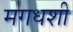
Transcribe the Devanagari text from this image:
मगधशी